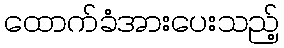
ထောက်ခံအားပေးသည့်